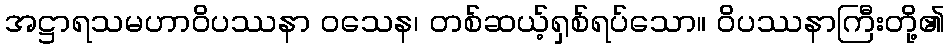
အဋ္ဌာရသမဟာဝိပဿနာ ဝသေန၊ တစ်ဆယ့်ရှစ်ရပ်သော။ ဝိပဿနာကြီးတို့၏